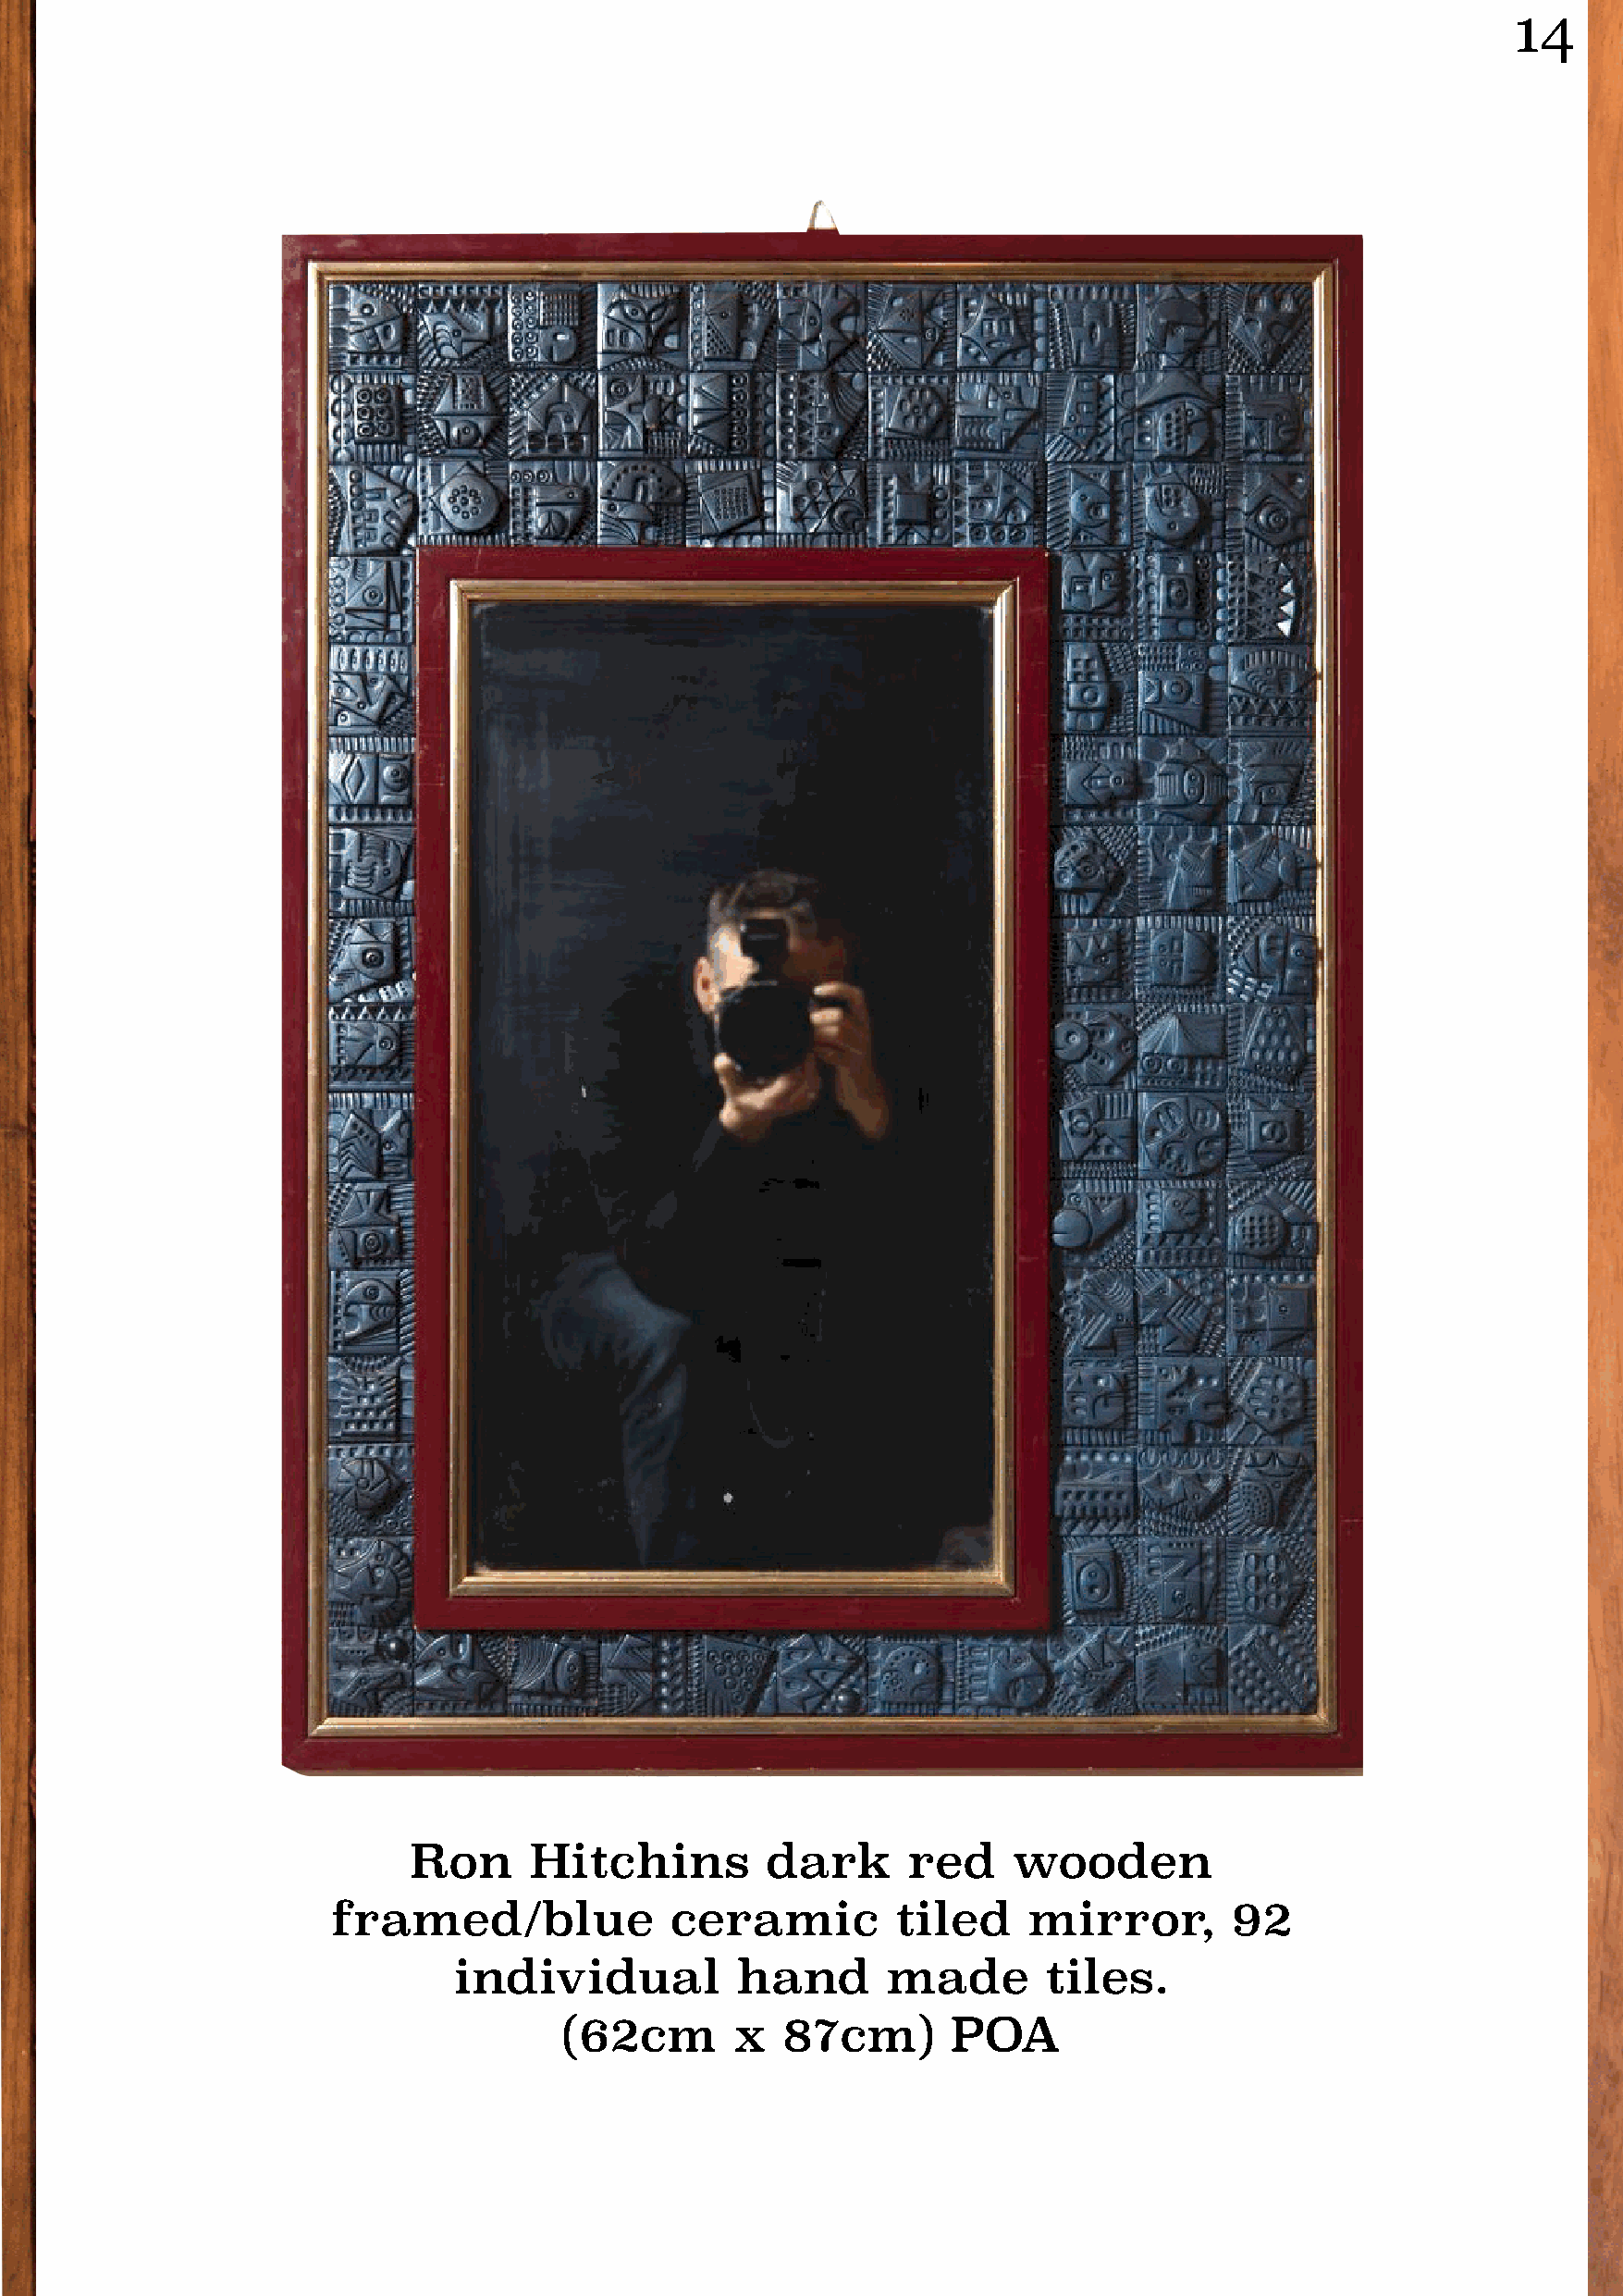
14
 Ron      Hitchins         dark      red    wooden
 framed/blue             ceramic         tiled     mirror,       92
 individual           hand      made        tiles.
 (62cm       x   87cm)       POA